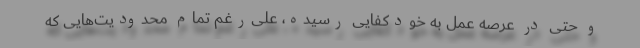
و حتی در عرصه عمل به خودکفایی رسیده، علی‌رغم تمام محدودیت‌هایی که